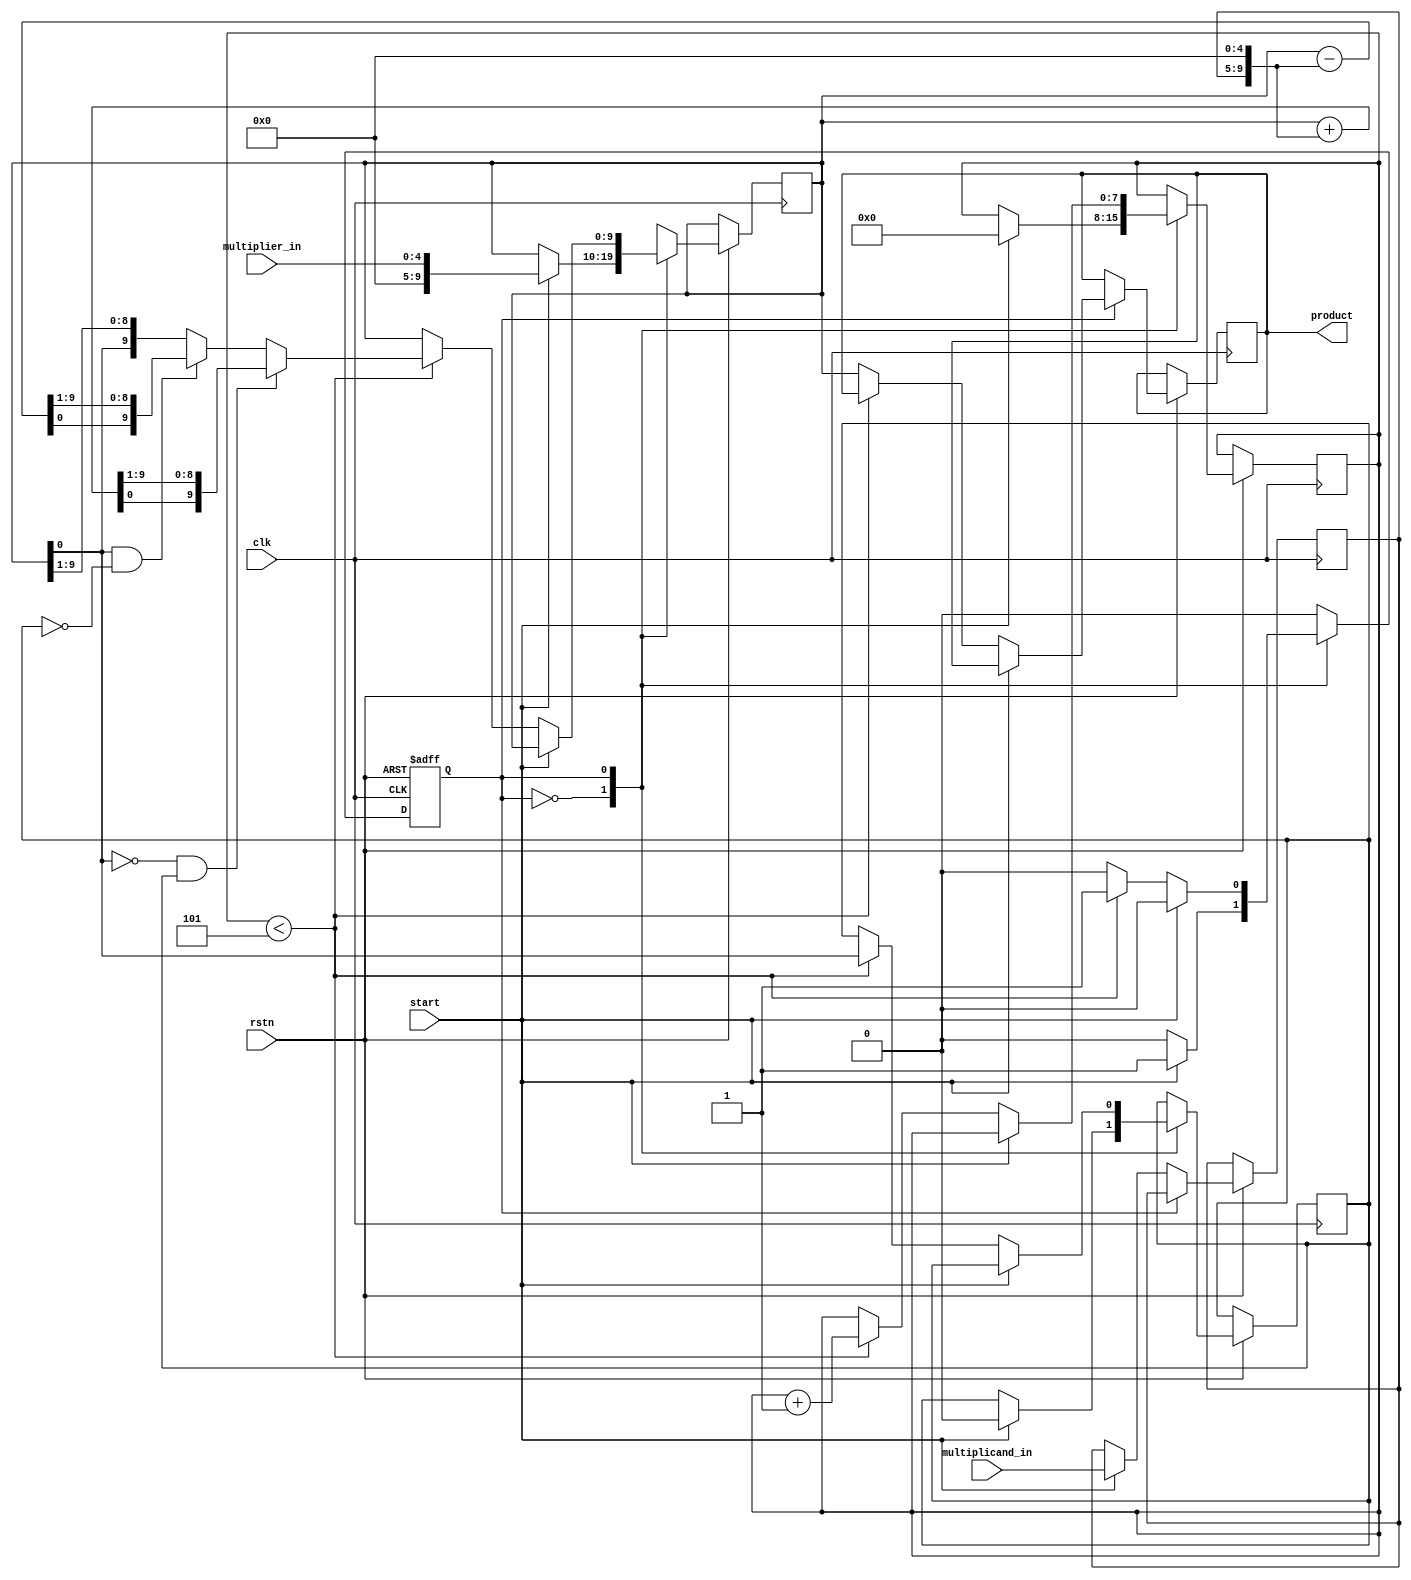
module multiplier #(parameter N=5) (
    input clk,
    input rstn, // (ASYNC) Before multiplication process, resetting shift registers via. RST = 0, recommended but not required.
    input start, // To start multiplication set START = 1 for at least 1 clk posedge.
    input [N-1:0] multiplier_in,
    input [N-1:0] multiplicand_in,
    output reg [2*N-1:0] product
);
    reg [2*N-1:0] product_temp;
    reg state;
    reg previousBit;
    reg [N-1:0] multiplicand_reg;
    reg [7:0] counter;
    always @(posedge clk, negedge rstn) begin
        if (!rstn) state <= 1'b0; 
        else begin
            case (state)
            1'b0: if (start) begin // IDLE and Load State
                multiplicand_reg <= multiplicand_in;
                product_temp <= {{N{1'b0}}, multiplier_in};
                counter <= 8'b0;
                previousBit <= 1'b0;
                state <= 1'b1;
            end
            1'b1: if (!start) begin // Operation State
                if (counter < N) begin
                    if (~product_temp[0] & previousBit) begin
                        previousBit <= product_temp[0];
                        product_temp = product_temp + {multiplicand_reg, {N{1'b0}}};
                        product_temp = {product_temp[2*N-1:0], product_temp[2*N-1:1]};
                    end else if (product_temp[0] & ~previousBit) begin
                        previousBit <= product_temp[0];
                        product_temp = product_temp - {multiplicand_reg, {N{1'b0}}};
                        product_temp = {product_temp[2*N-1:0], product_temp[2*N-1:1]};
                    end else begin
                        previousBit <= product_temp[0];
                        product_temp <= {product_temp[2*N-1:0], product_temp[2*N-1:1]};
                    end
                    counter <= counter + 1;
                end else begin
                    product <= product_temp;
                    state <= 1'b0;
                end
            end else state <= 1'b0;
        endcase
        end
    end
endmodule

// Using custom shift registers - NOT OPTIMIZED (it takes too many clock cycles to calculate!)

/*module multiplier #(parameter N=5) (
    input clk,
    input rst, // Before multiplication process, resetting shift registers via. RST = 0, recommended but not required.
    input start, // To start multiplication set START = 1 for at least 1 clk posedge.
    input [N-1:0] multiplier_in,
    input [N-1:0] multiplicand_in,
    output reg [2*N-1:0] product
);
    reg [1:0] state;
    reg load;
    reg shift;
    reg [N-1:0] counter;
    reg previousBit;
    wire [2*N-1:0] product_reg;
    reg [2*N-1:0] product_load;
    shiftRegister #(.N(2*N)) product_register(
        .clk(clk),
        .rst(rst),
        .load(load),
        .shift(shift),
        .direction(1'b0),
        .pushData(product_reg[2*N-1]),
        .loadData(product_load),
        .out(product_reg)
    );
    always @(posedge clk) begin
        case (state)
            2'b00: begin
                if (start) begin
                    counter <= {N{1'b0}};
                    product_load <= {{N{1'b0}}, multiplier_in};
                    load <= 1'b1;
                    shift <= 1'b0;
                    state <= 2'b01;
                    previousBit <= 1'b0;
                end else state <= 2'b00;
            end
            2'b01: begin
                if (load & ~shift) begin
                    load <= 1'b0;
                    shift <= 1'b0;
                    state <= 2'b01;
                end else if (counter < N) begin
                    if (~product_reg[0] & previousBit) begin
                        product_load = product_reg + {multiplicand_in, {N{1'b0}}};
                        load <= 1'b1;
                        shift <= 1'b0;
                        state <= 2'b10;
                    end else if (product_reg[0] & ~previousBit) begin 
                        product_load = product_reg - {multiplicand_in, {N{1'b0}}};
                        load <= 1'b1;
                        shift <= 1'b0;
                        state <= 2'b10;
                    end else begin 
                        load <= 1'b0;
                        shift <= 1'b1;
                        state <= 2'b10;
                    end
                end else begin
                    counter <= {N{1'b0}};
                    shift <= 1'b0;
                    previousBit <= 1'b0;
                    state <= 2'b00;
                    product <= product_reg;
                end
            end
            2'b10: begin
                previousBit <= product_reg[0];
                if (load & ~shift) begin
                    load <= 1'b0;
                    shift <= 1'b1;
                    state <= 2'b10;
                end else begin
                    load <= 1'b0;
                    shift <= 1'b0;
                    state <= 2'b11;
                end
            end
            2'b11: begin
                counter <= counter + 1;
                product_load <= product_reg;
                load <= 1'b0;
                shift <= 1'b0;
                state <= 2'b01;
            end
        endcase
    end
endmodule

module shiftRegister #(parameter N=4) ( //Parallel Load
    input clk,
    input rst, // Synchronous Reset
    input load,
    input shift, // SHIFT = 0 -> Read, SHIFT = 1 -> Load Data
    input direction, // DIRECTION = 0 -> Shift Right, DIRECTION = 1 -> Shift Left
    input pushData,
    input [N-1:0] loadData,
    output reg [N-1:0] out
);
    always @(posedge clk) begin
        if (!rst) out <= 0;
        else if (load) out <= loadData;
        else begin
            if (shift) begin
                case (direction)
                    1'b0: out <= {pushData, out[N-1:1]};
                    1'b1: out <= {out[N-2:0], pushData}; 
                endcase
            end
            else begin
                out <= out;
            end
        end
    end
endmodule*/